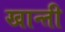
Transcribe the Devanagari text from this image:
खान्ती